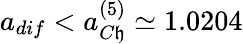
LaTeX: a_{dif}<a_{C\mathfrak{h}}^{(5)}\simeq1.0204